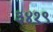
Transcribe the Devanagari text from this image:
३४१९